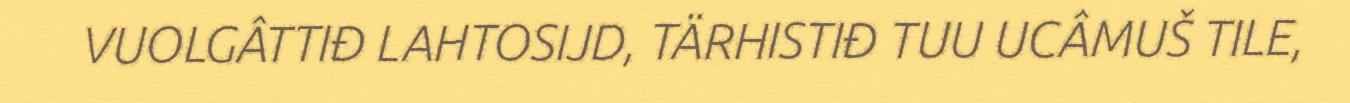
VUOLGÂTTIĐ LAHTOSIJD, TÄRHISTIĐ TUU UCÂMUŠ TILE,